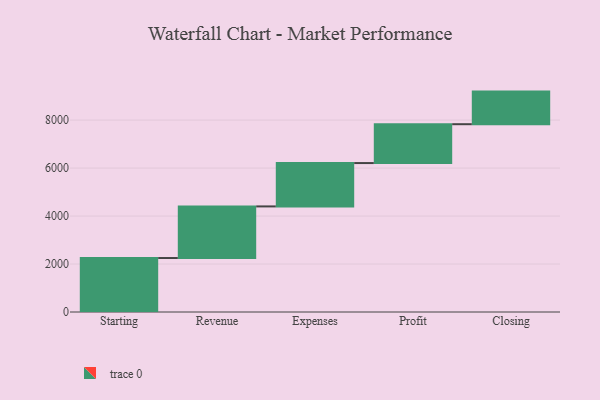
{"axis": {"x": "Step", "y": "Value"}, "legend": [""], "data": [{"x": "Starting", "y": 2250.0, "type": ""}, {"x": "Revenue", "y": 2152.0, "type": ""}, {"x": "Expenses", "y": 1807.0, "type": ""}, {"x": "Profit", "y": 1620.0, "type": ""}, {"x": "Closing", "y": 1359.0, "type": ""}]}